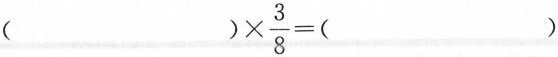
$$()\times \frac{3}{8}=()$$